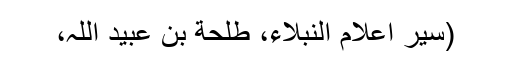
(سیر اعلام النبلاء، طلحة بن عبید اللہ،